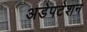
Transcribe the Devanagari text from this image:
अडेपटेशन